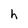
Character: h